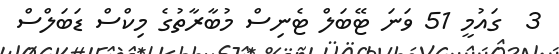
3  ގައުމީ 51 ވަނަ ޓޭބަލް ޓެނިސް މުބާރާތުގެ މިކްސް ޑަބަލްސް